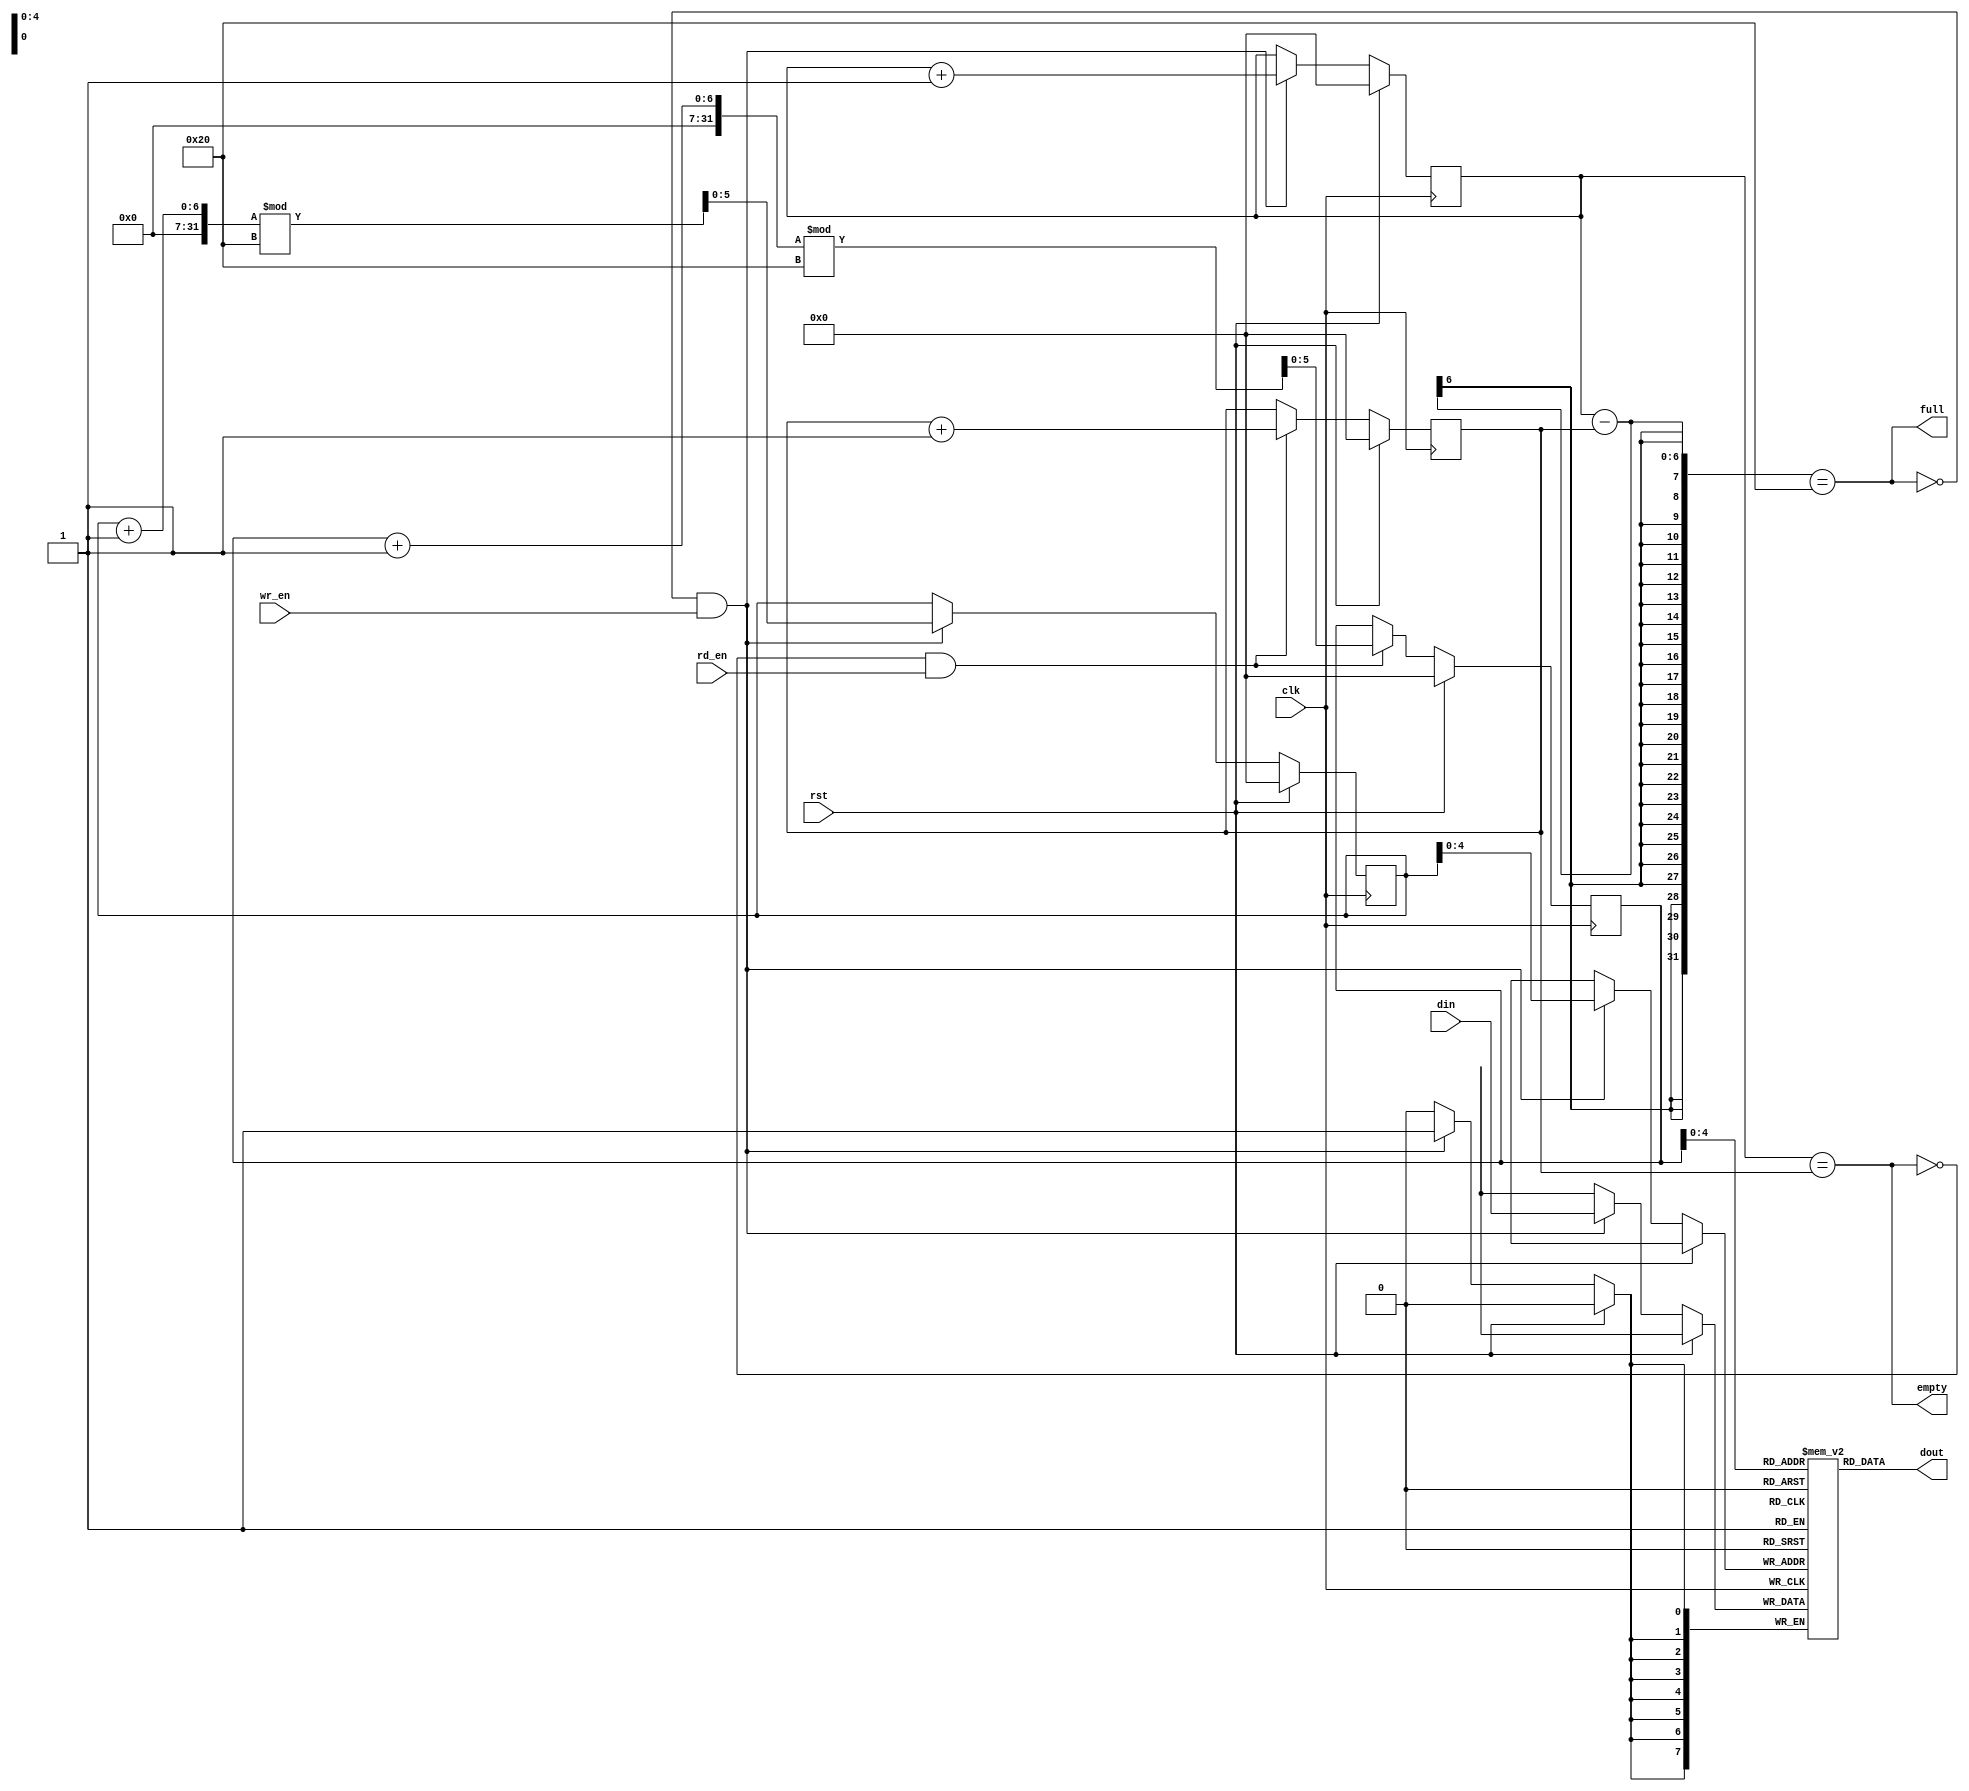
module fifo #(
    parameter WIDTH = 8,
    parameter DEPTH = 32,
    parameter POINTER_WIDTH = $clog2(DEPTH)
) (
    input clk, rst,
    // Write side
    input wr_en,
    input [WIDTH-1:0] din,
    output full,
    // Read side
    input rd_en,
    output [WIDTH-1:0] dout,
    output empty
);
    reg [WIDTH-1:0] FIFO [0:DEPTH-1];
    reg [POINTER_WIDTH:0] wr_ptr = 0;
    reg [POINTER_WIDTH:0] rd_ptr = 0;
    reg [POINTER_WIDTH:0] wr_cnt = 0; 
    reg [POINTER_WIDTH:0] rd_cnt = 0;
    reg [WIDTH-1:0] temp_dout;
    wire fifo_test = !full && wr_en;
    assign full = (wr_cnt - rd_cnt) == DEPTH;
    assign empty = wr_cnt == rd_cnt;
    assign dout = FIFO[rd_ptr];
    always @(posedge clk) begin
        if (rst) begin
            wr_ptr <= 0;
            rd_ptr <= 0;
            wr_cnt <= 0;
            rd_cnt <= 0;
        end else begin
            if (!full && wr_en) begin
                // if (wr_en) begin
                    FIFO[wr_ptr] <= din;
                    wr_ptr <= (wr_ptr + 1) % DEPTH;
                    wr_cnt <= wr_cnt + 1;
                // end
            end
            if(!empty && rd_en) begin 
                // if (rd_en) begin
                    // temp_dout = FIFO[rd_ptr];
                    rd_ptr <= (rd_ptr + 1) % DEPTH;
                    rd_cnt <= rd_cnt + 1;
                // end
            end
        end
    end

    // property wr_ptr_test;
    //     @(posedge clk) disable iff (rst)
    //     (full && !rst) |-> ##1 (wr_ptr == $past(wr_ptr));
    // endproperty
    
    // property rd_ptr_test;
    //     @(posedge clk) disable iff (rst)
    //     (empty && !rst) |-> ##1 (rd_ptr == $past(rd_ptr));
    // endproperty
    // assert property (wr_ptr_test);
    // assert property (rd_ptr_test);
    // assert property (@(posedge clk) (rst) |-> (wr_ptr == 0 && rd_ptr == 0 && !full));
endmodule